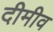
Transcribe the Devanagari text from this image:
दीमीव